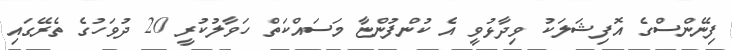
ފިނޭންސްގެ އޮފިޝަލަކު ވިދާޅުވީ އެ ކުންފުންޏާ މަސައްކަތް ހަވާލުކުރީ 20 ދުވަހުގެ ތެރޭގައި